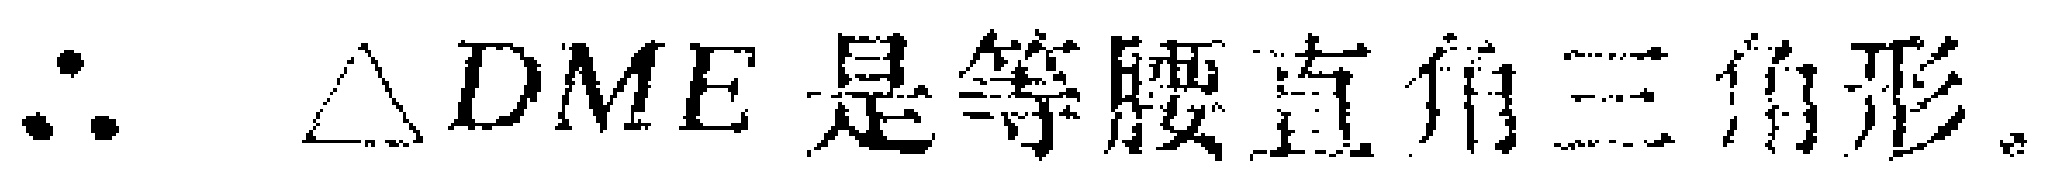
$\therefore \triangle DME\text{ 是等腰直角三角形。}$